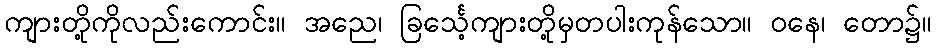
ကျားတို့ကိုလည်းကောင်း။ အညေ၊ ခြင်္သေ့ကျားတို့မှတပါးကုန်သော။ ဝနေ၊ တော၌။